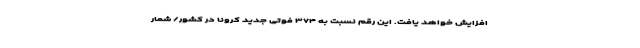
افزایش خواهد یافت. این رقم نسبت به ۳۷۴ فوتی جدید کرونا در کشور/ شمار